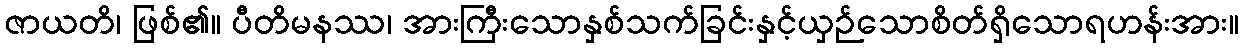
ဇာယတိ၊ ဖြစ်၏။ ပီတိမနဿ၊ အားကြီးသောနှစ်သက်ခြင်းနှင့်ယှဉ်သောစိတ်ရှိသောရဟန်းအား။